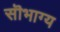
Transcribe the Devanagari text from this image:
सॊभाग्य